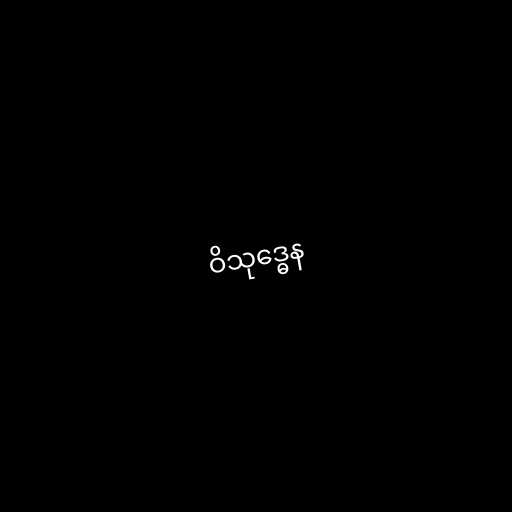
ဝိသုဒ္ဓေန